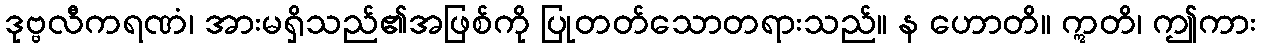
ဒုဗ္ဗလီကရဏံ၊ အားမရှိသည်၏အဖြစ်ကို ပြုတတ်သောတရားသည်။ န ဟောတိ။ ဣတိ၊ ဤကား